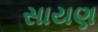
સાયણ